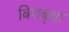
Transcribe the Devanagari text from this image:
बिशबृक्षा